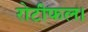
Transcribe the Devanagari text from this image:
रोटीफल।